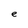
Character: e